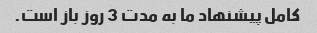
کامل پیشنهاد ما به مدت 3 روز باز است.